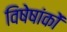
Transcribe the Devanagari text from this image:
विषेषांकों